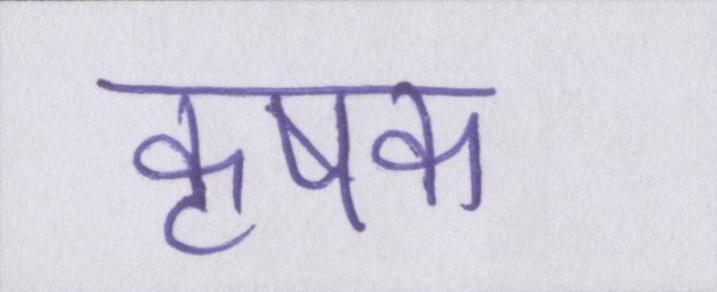
कृषक